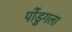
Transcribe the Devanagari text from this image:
पोंडुगला